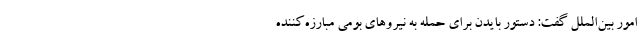
امور بین‌الملل گفت: دستور بایدن برای حمله به نیروهای بومی مبارزه‌کننده